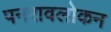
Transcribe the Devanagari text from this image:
पनरावलोकन